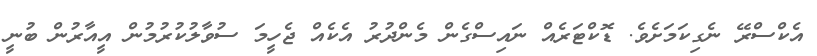
އެކްސްރޭ ނެގިކަމަށެވެ. ޑޮކްޓަރެއް ނައިސްގެން މެންދުރު އެކެއް ޖެހީމަ ސުވާލުކުރުމުން އީއާރުން ބުނީ